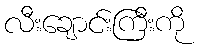
လီးချောင်းကြီးကို